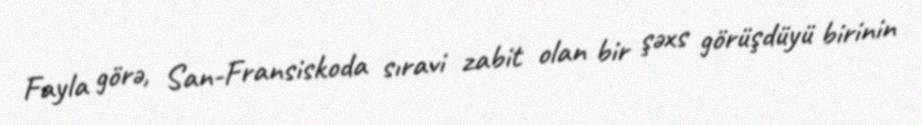
Fayla görə, San-Fransiskoda sıravi zabit olan bir şəxs görüşdüyü birinin